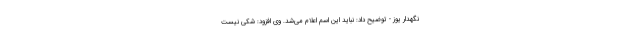
نگهدار یوز - توضیح داد: نباید این اسم اعلام می‌شد. وی افزود: شکی نیست